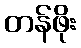
တန်ဖိုး